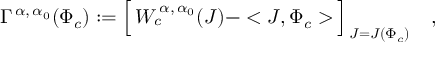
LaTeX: \Gamma ^ { \, \alpha , \, \alpha _ { 0 } } ( \Phi _ { c } ) : = \Bigl [ \, W _ { c } ^ { \, \alpha , \, \alpha _ { 0 } } ( J ) - < J , \Phi _ { c } > \, \Bigr ] _ { \, J = J ( \Phi _ { c } ) } \quad ,